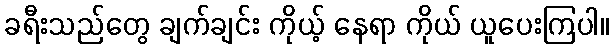
ခရီးသည်တွေ ချက်ချင်း ကိုယ့် နေရာ ကိုယ် ယူပေးကြပါ။